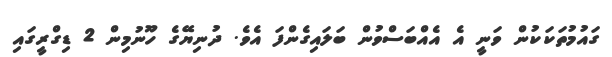
ގައުމުތަކަކުން ވަނީ އެ އެއްބަސްވުން ބަލައިގެންފަ އެވެ. ދުނިޔޭގެ ހޫނުމިން 2 ޑިގްރީގައި